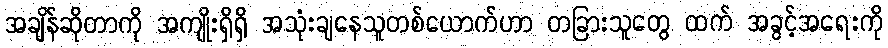
အချိန်ဆိုတာကို အကျိုးရှိရှိ အသုံးချနေသူတစ်ယောက်ဟာ တခြားသူတွေ ထက် အခွင့်အရေးကို